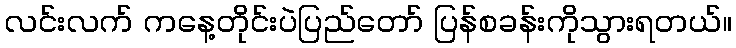
လင်းလက် ကနေ့တိုင်းပဲပြည်တော် ပြန်စခန်းကိုသွားရတယ်။